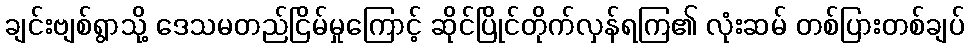
ချင်းဗျစ်ရွာသို့ ဒေသမတည်ငြိမ်မှုကြောင့် ဆိုင်ပြိုင်တိုက်လှန်ရကြ၏ လုံးဆမ် တစ်ပြားတစ်ချပ်